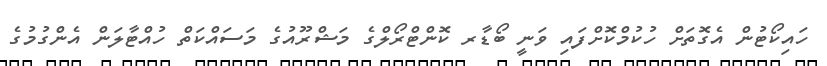
ހައިކޯޓުން އެގޮތަށް ހުކުމްކޮށްފައި ވަނީ ބޯޑާރ ކޮންޓްރޯލްގެ މަޝްރޫއުގެ މަސައްކަތް ހުއްޓާލަން އެންގުމުގެ